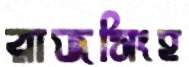
রাজসিংহ